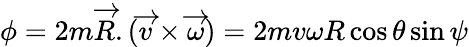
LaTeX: \phi=2m\overrightarrow{R}.(\overrightarrow{v}\times\overrightarrow{\omega})=2mv\omega R\cos{\theta}\sin{\psi}